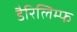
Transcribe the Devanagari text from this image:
डैरिलिम्फ